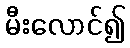
မီးလောင်၍